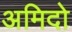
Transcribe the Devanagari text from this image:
अमिदो